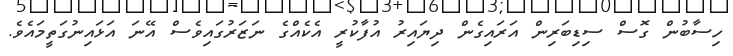
ހިސާބުން ގޮސް ސިޑިބަރިން އަރައިގެން ދިޔައިރު އުފާކުރީ އެކެއްގެ ނަޒަރުގައިވެސް އޭނަ އަޅައިނުގަތީމައެވެ.